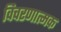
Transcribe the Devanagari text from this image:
विचरणात्मक